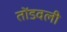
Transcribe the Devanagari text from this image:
तोंडवली